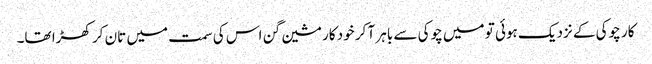
کار چوکی کے نزدیک ہوئی تو میں چوکی سے باہر آ کر خود کار مشین گن اس کی سمت میں تان کر کھڑا تھا۔